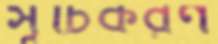
সূচিকরণ